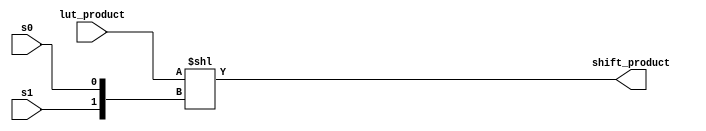
module shifter_oms(lut_product,s1,s0,shift_product);
 input [8:0] lut_product ;
 input s1,s0;
 output reg [8:0] shift_product;
 integer i;
 
 always @(*)
 begin 
  i={s1,s0};
  shift_product=lut_product<<i;
 end 
endmodule